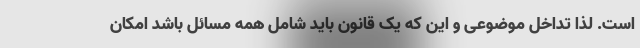
است. لذا تداخل موضوعی و این که یک قانون باید شامل همه مسائل باشد امکان